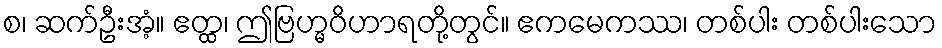
စ၊ ဆက်ဦးအံ့။ ဧတ္ထ၊ ဤဗြဟ္မဝိဟာရတို့တွင်။ ဧကမေကဿ၊ တစ်ပါး တစ်ပါးသော